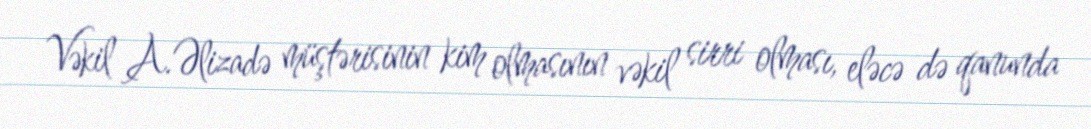
Vəkil A.Əlizadə müştərisinin kim olmasının vəkil sirri olması, eləcə də qanunda